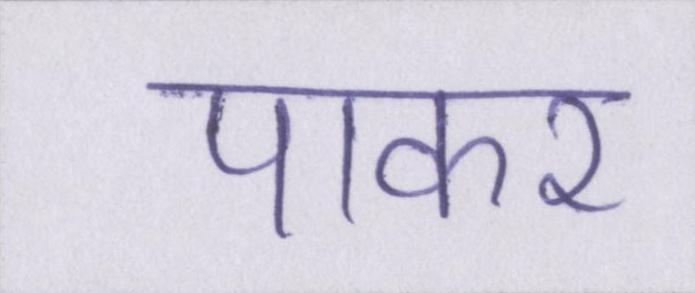
पाकर